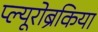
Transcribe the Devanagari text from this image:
प्ल्यूरोब्रैकिया